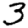
Digit: 3